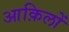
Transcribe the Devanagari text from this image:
आक़िलों